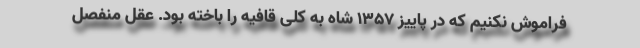
فراموش نکنیم که در پاییز 1357 شاه به کلی قافیه را باخته بود. عقل منفصل